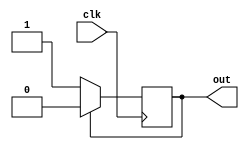
/*
	Laboratorio 1: Encender y apagar LED
	Equipo 3 FPGA
*/

module blink_led(clk, out);
	output reg  out;
	input clk;
	
	
	always @(posedge clk)
		begin
			if (out == 0)
				out = 1;
			else
				out = 0;
		end
endmodule